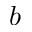
b